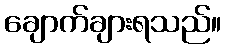
ချောက်ချားရသည်။